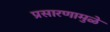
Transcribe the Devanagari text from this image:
प्रसारणामुळे